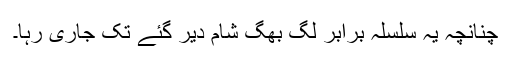
چنانچہ یہ سلسلہ برابر لگ بھگ شام دیر گئے تک جاری رہا۔